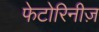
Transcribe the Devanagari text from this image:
फेटोरिनीज़